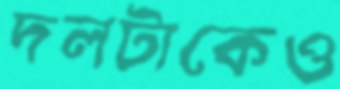
দলটাকেও